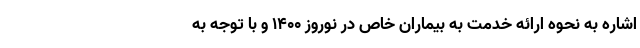
اشاره به نحوه ارائه خدمت به بیماران خاص در نوروز ۱۴۰۰ و با توجه به